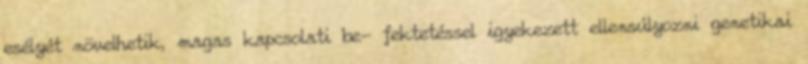
esélyét növelhetik, magas kapcsolati be- fektetéssel igyekezett ellensúlyozni genetikai